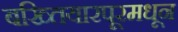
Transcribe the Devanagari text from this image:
बख्तियारपूरमधून